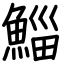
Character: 鯔